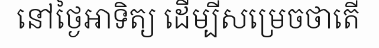
នៅថ្ងៃអាទិត្យ ដើម្បីសម្រេចថាតើ